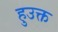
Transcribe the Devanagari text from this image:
हुउक्त